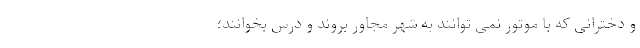
و دخترانی که با موتور نمی توانند به شهر مجاور بروند و درس بخوانند؛